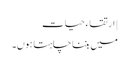
| ارتقاءِ حیات
میں بننا چاہتا ہوں۔